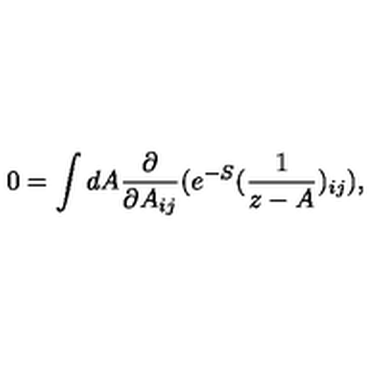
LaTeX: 0 = \int d A { \frac { \partial } { \partial A _ { i j } } } ( e ^ { - S } ( { \frac { 1 } { z - A } } ) _ { i j } ) ,